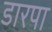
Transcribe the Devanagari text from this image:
डारपा